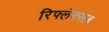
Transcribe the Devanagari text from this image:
रिफ्लेक्सज़